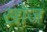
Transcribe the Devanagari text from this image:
ख्रोज